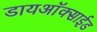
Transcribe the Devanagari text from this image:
डायअाॅक्साईड